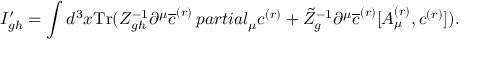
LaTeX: I _ { g h } ^ { \prime } = \int d ^ { 3 } x \mathrm { T r } ( Z _ { g h } ^ { - 1 } \partial ^ { \mu } \overline { { { c } } } ^ { ( r ) } \, p a r t i a l _ { \mu } c ^ { ( r ) } + \tilde { Z } _ { g } ^ { - 1 } \partial ^ { \mu } \overline { { { c } } } ^ { ( r ) } [ A _ { \mu } ^ { ( r ) } , c ^ { ( r ) } ] ) .